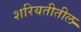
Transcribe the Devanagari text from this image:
शरियतीतील